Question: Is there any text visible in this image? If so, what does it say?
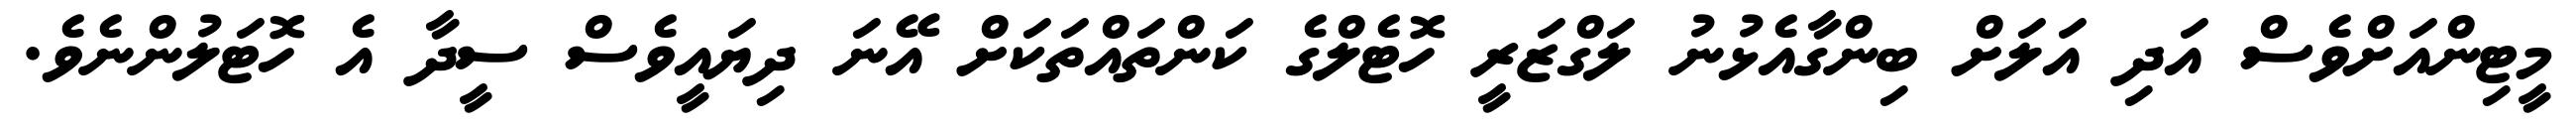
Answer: މީޓިންއަށްވެސް އަދި އަލަށް ބިންގާއެޅުނު ލަގްޒަރީ ހޮޓެލްގެ ކަންތައްތަކަށް އޭނަ ދިޔައީވެސް ސީދާ އެ ހޮޓަލުންނެވެ.